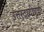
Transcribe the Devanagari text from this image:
उत्तरदायीपूर्ण